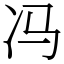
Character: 冯